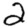
Digit: 2